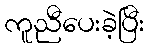
ကူညီပေးခဲ့ပြီး